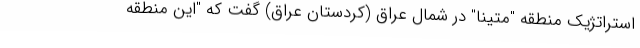
استراتژیک منطقه "متینا" در شمال عراق (کردستان عراق) گفت که "این منطقه